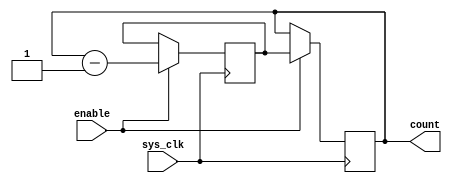
module BCD_Down_Counter (
    input wire sys_clk,
    input wire enable,
    output reg [3:0] count
);

reg [3:0] next_count;

always @(posedge sys_clk) begin
    if (enable) begin
        next_count <= count - 1;
    end
end

always @(posedge sys_clk) begin
    if (enable) begin
        count <= next_count;
    end
end

endmodule